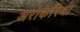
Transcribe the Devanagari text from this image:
अरोकेरिया